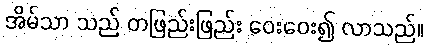
အိမ်သာ သည် တဖြည်းဖြည်း ဝေးဝေး၍ လာသည်။